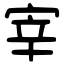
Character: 宰